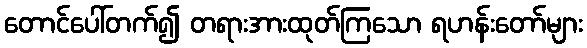
တောင်ပေါ်တက်၍ တရားအားထုတ်ကြသော ရဟန်းတော်များ